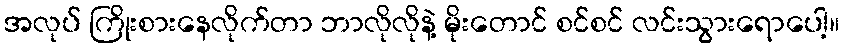
အလုပ် ကြိုးစားနေလိုက်တာ ဘာလိုလိုနဲ့ မိုးတောင် စင်စင် လင်းသွားရောပေါ့။